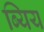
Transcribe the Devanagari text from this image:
ब्यिय